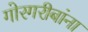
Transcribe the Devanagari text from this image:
गोरगरीबांना